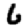
Digit: 6